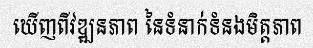
ឃើញពីវឌ្ឍនភាព នៃទំនាក់ទំនងមិត្តភាព